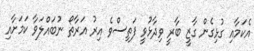
އެކަމާއި ގުޅިގެން ގާޒީ ބާރީ ވިދާޅުވީ ފަތިސްވެ އިރު އަރާތޯ ނުބައްލަވާ ކަމަށާއި